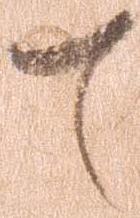
て